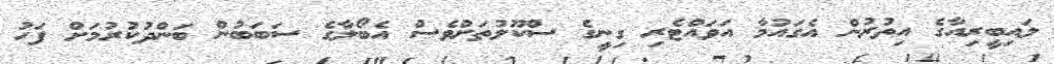
ލައިބީރިއާގެ އިތުރުން އެގައުމާ އަވައްޓެރި ގިނީިގެ ސްކޫލުތަށްވެސް އެބޯލާގެ ސަަބަބުން ބަންދުކުރުމަށް ފަހު